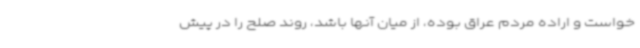
خواست و اراده مردم عراق بوده، از میان آنها باشد، روند صلح را در پیش